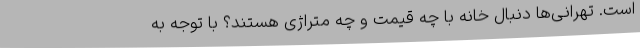
است. تهرانی‌ها دنبال خانه با چه قیمت و چه متراژی هستند؟ با توجه به